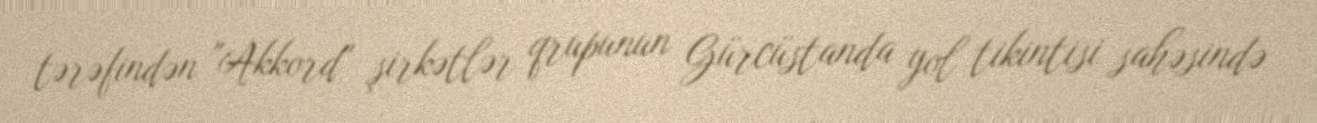
tərəfindən "Akkord" şirkətlər qrupunun Gürcüstanda yol tikintisi sahəsində